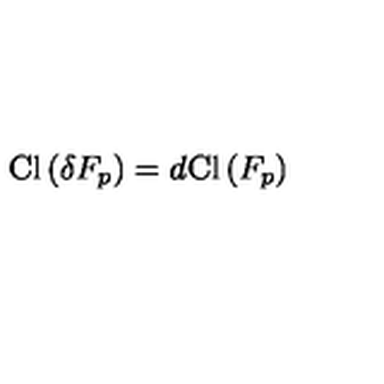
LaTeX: \mathrm { C l } \left( \delta F _ { p } \right) = d \mathrm { C l } \left( F _ { p } \right)